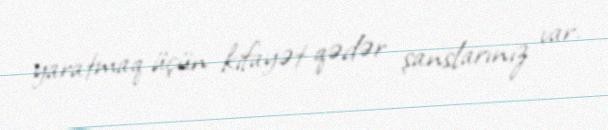
yaratmaq üçün kifayət qədər şanslarınız var.